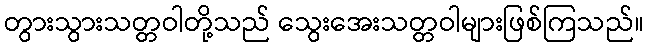
တွားသွားသတ္တဝါတို့သည် သွေးအေးသတ္တဝါများဖြစ်ကြသည်။